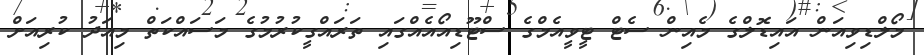
މޯލްޑިވިއަން އައިޑޮލްގެ މެއިން ސެޓް ޓީވީއެމްގެ ސްޓޫޑިއޯއެއްގައި ތަރައްގީކުރުމުގެ މަސައްކަތް މިއަދު ކުރިއަށް